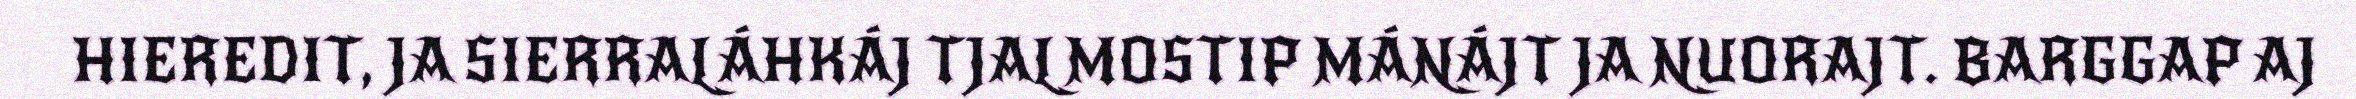
HIEREDIT, JA SIERRALÁHKÁJ TJALMOSTIP MÁNÁJT JA NUORAJT. BARGGAP AJ